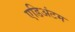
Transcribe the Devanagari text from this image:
एडिअंटम